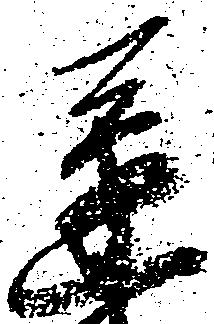
遂